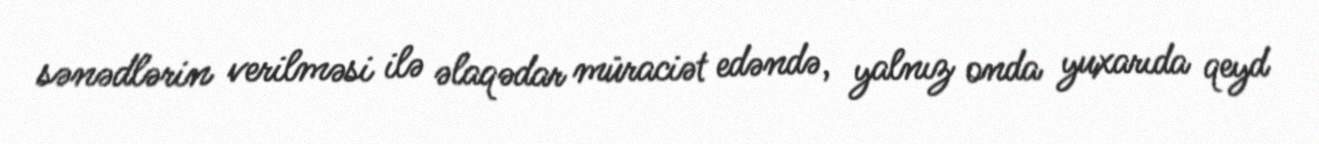
sənədlərin verilməsi ilə əlaqədar müraciət edəndə, yalnız onda yuxarıda qeyd